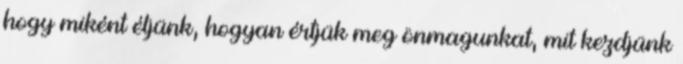
hogy miként éljünk, hogyan értjük meg önmagunkat, mit kezdjünk